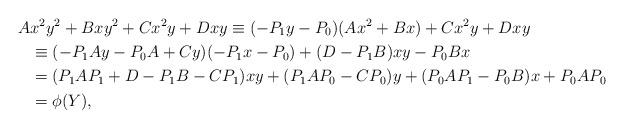
LaTeX: \begin{align*}A& x^2 y^2 + B x y^2 + C x^2 y + D x y \equiv (-P_1 y -P_0)(A x^2 + Bx) + C x^2 y + D x y \\&\equiv (-P_1 A y - P_0 A + C y)(-P_1 x - P_0) + (D - P_1 B) x y - P_0 B x \\&= (P_1 A P_1 + D - P_1 B - C P_1) x y + (P_1 A P_0 - C P_0) y + (P_0 A P_1 - P_0 B) x + P_0 A P_0\\& = \phi(Y) , \end{align*}